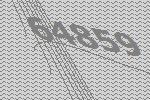
64859